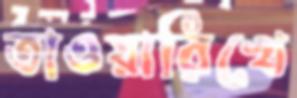
তাওয়ারিখে